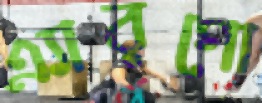
এ্যারগো